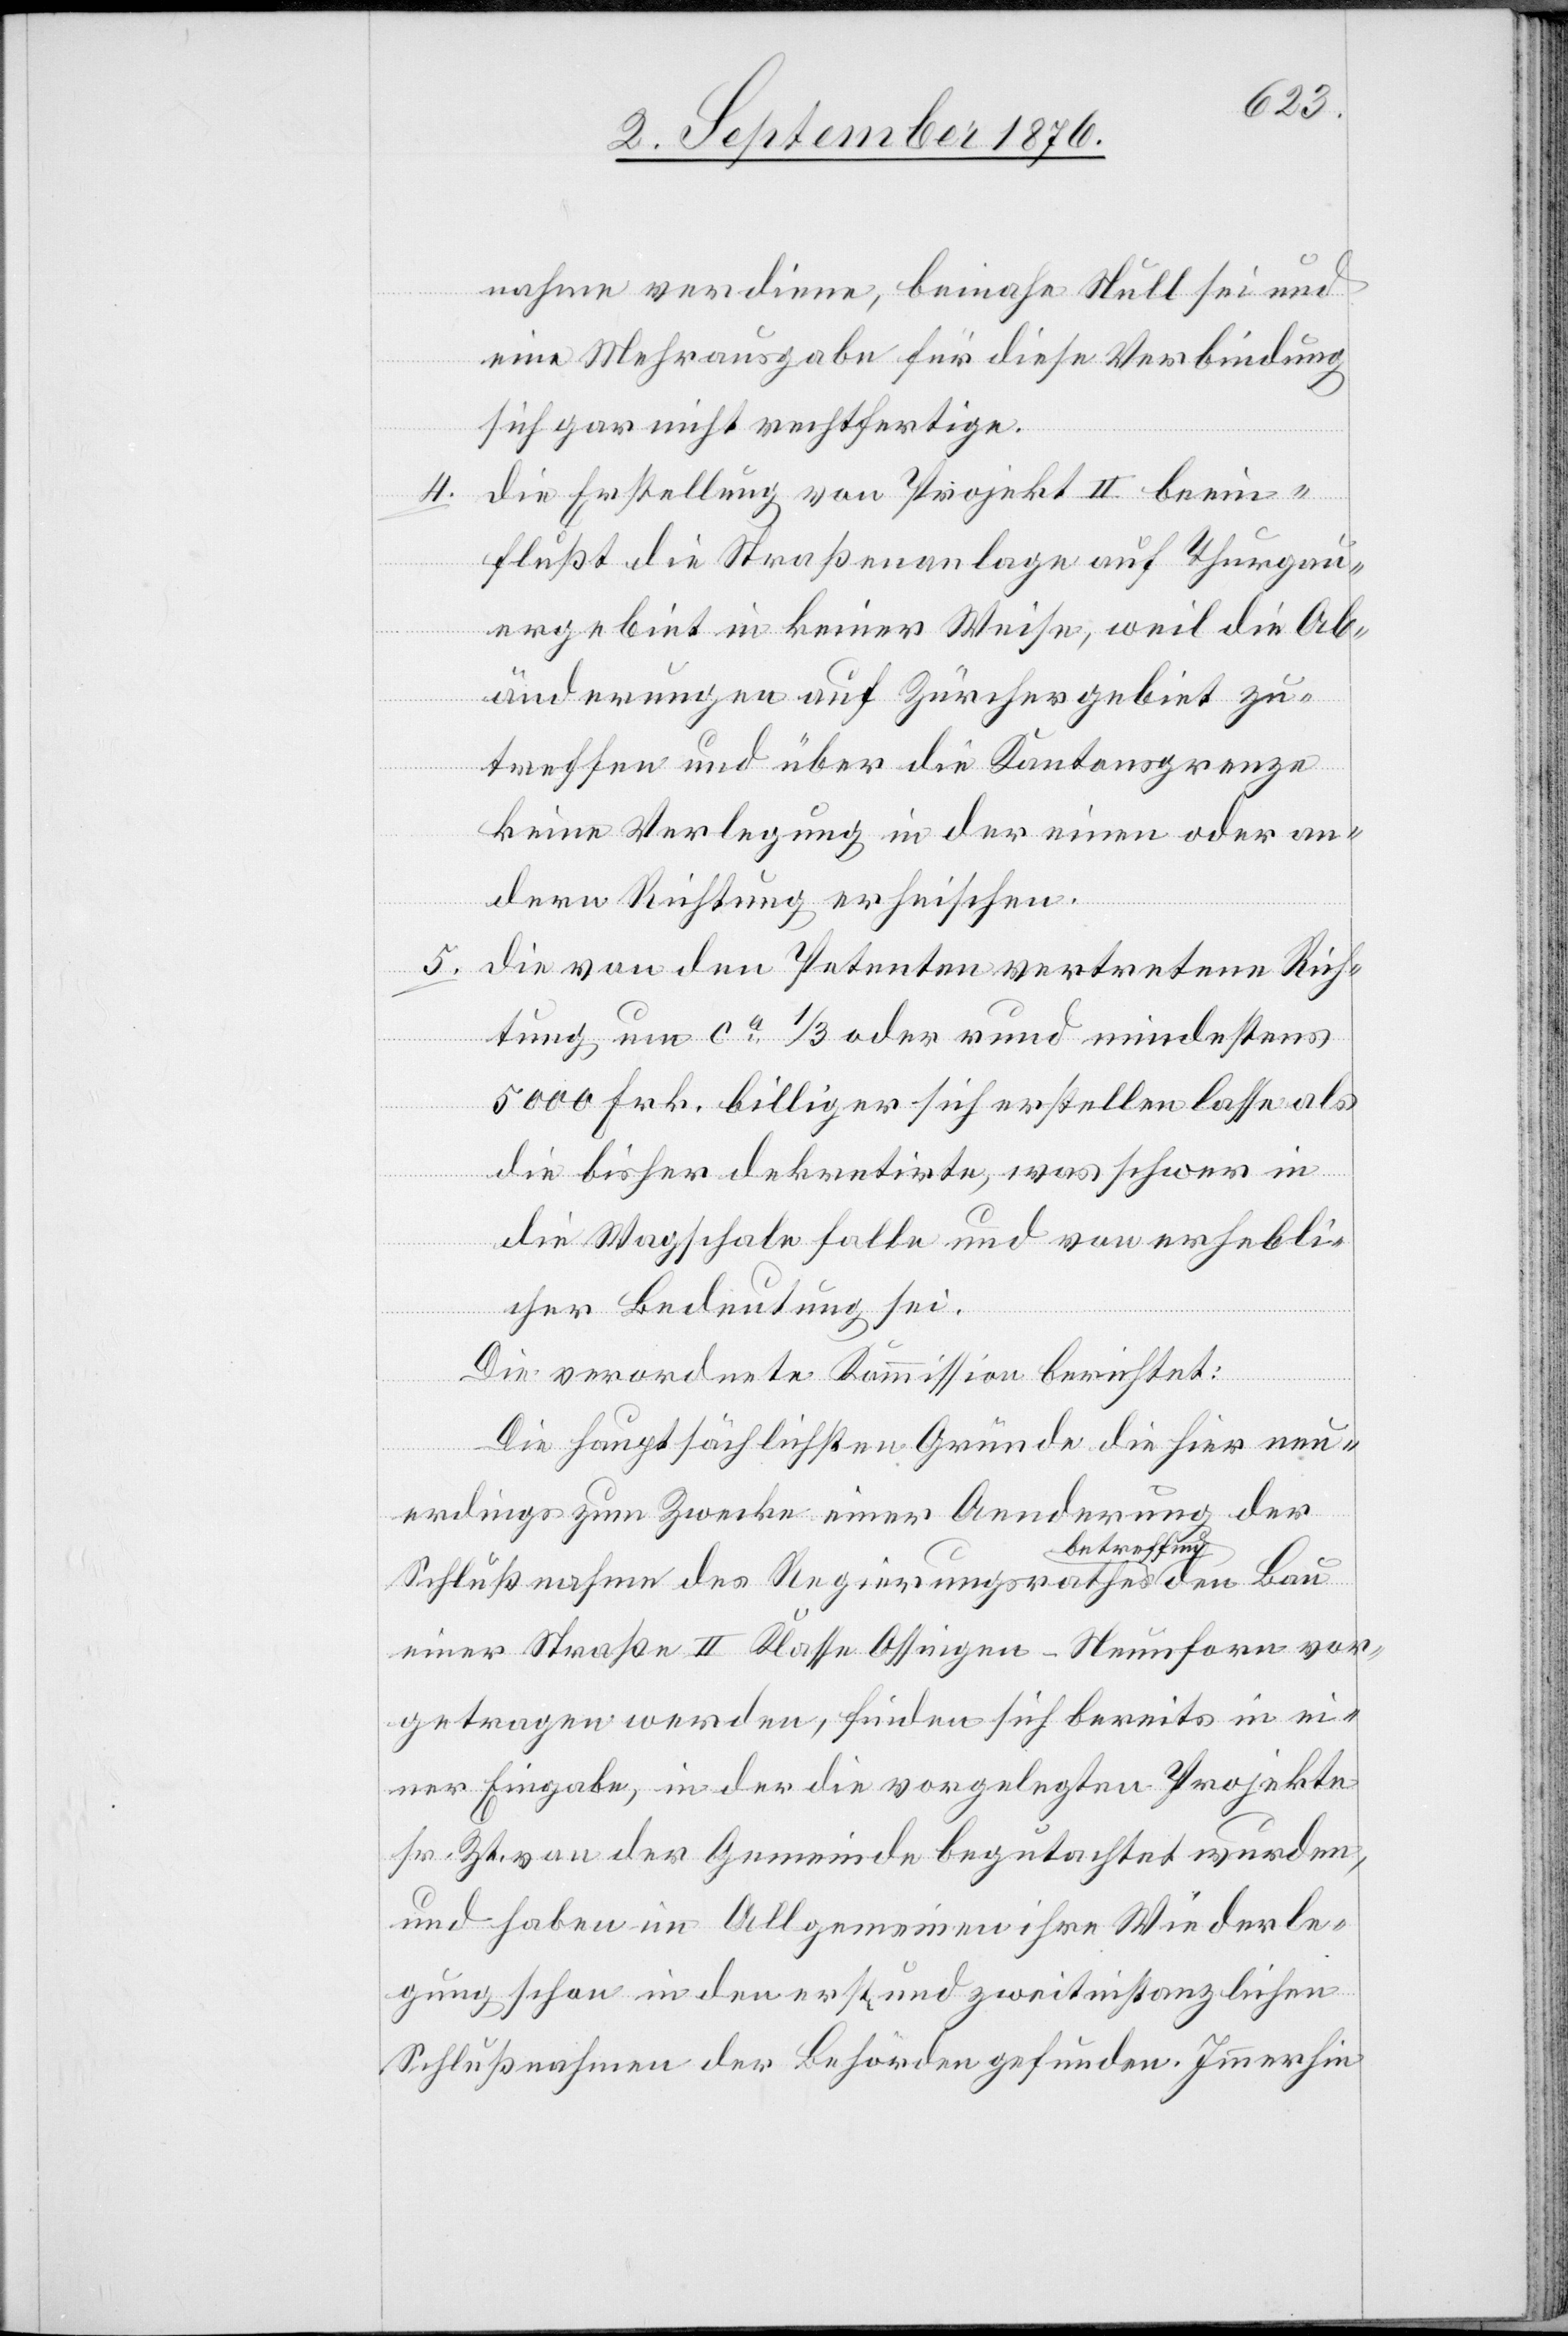
4.

nahme verdiene, beinahe Null sei und
eine Mehrausgabe für diese Verbindung
sich gar nicht rechtfertige.
die Erstellung von Projekt II beein¬
flußt die Straßenanlage auf Thurgau¬
ergebiet in keiner Weise, weil die Ab¬
änderungen auf Zürchergebiet zu¬
treffen und über die Kantonsgrenze
keine Verlegung in der einen oder an¬
dern Richtung erheischen.
5.
die von den Petenten vertretene Rich¬
tung um ca 1/3 oder rund mindestens
5000 Frk. billiger sich erstellen lasse als
die bisher dekretirte, was schwer in
die Wagschale falle und von erhebli¬
cher Bedeutung sei.
den
Die verordnete Kommission berichtet:
Die hauptsächlichen Gründe die hier neu¬
erdings zum Zwecke einer Aenderung der
betreffend
Schlußnahme des Regierungsrathes a
einer Straße II. Klasse Ossingen–Neunforn vor¬
getragen werden, finden sich bereits in ei¬
ner Eingabe, in der die vorgelegten Projekte
sr. Zt. von der Gemeinde begutachtet wurden,
und haben im Allgemeinen ihre Wiederle¬
gung schon in den erst- und zweitinstanzlichen
Schlußnahme der Behörden gefunden. Immerhin